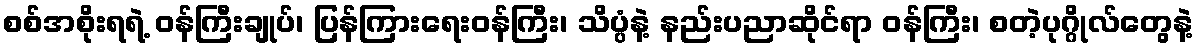
စစ်အစိုးရရဲ့ ဝန်ကြီးချုပ်၊ ပြန်ကြားရေးဝန်ကြီး၊ သိပ္ပံနဲ့ နည်းပညာဆိုင်ရာ ဝန်ကြီး၊ စတဲ့ပုဂ္ဂိုလ်တွေနဲ့